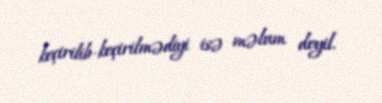
keçirilib-keçirilmədiyi isə məlum deyil.